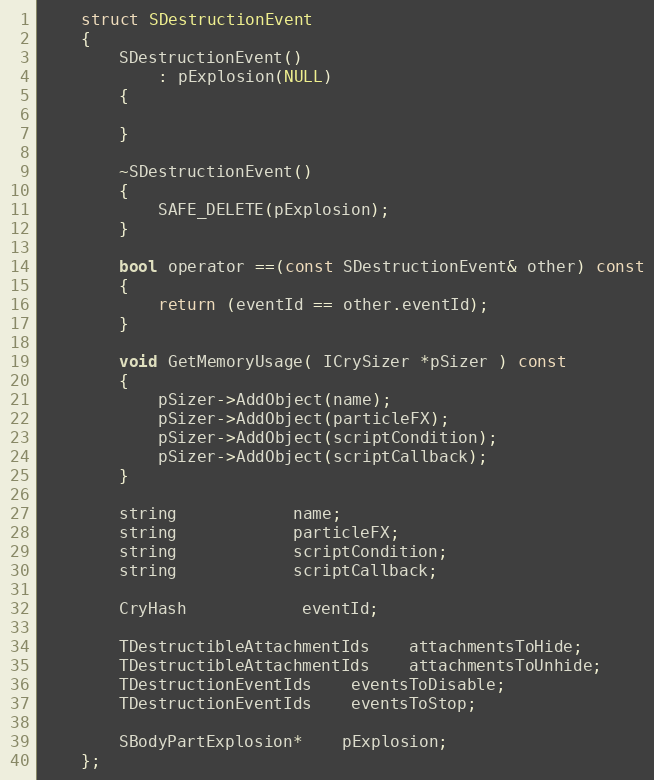
Language: C
	struct SDestructionEvent
	{
		SDestructionEvent()
			: pExplosion(NULL)
		{

		}

		~SDestructionEvent()
		{
			SAFE_DELETE(pExplosion);
		}

		bool operator ==(const SDestructionEvent& other) const
		{
			return (eventId == other.eventId);
		}

		void GetMemoryUsage( ICrySizer *pSizer ) const
		{
			pSizer->AddObject(name);
			pSizer->AddObject(particleFX);
			pSizer->AddObject(scriptCondition);
			pSizer->AddObject(scriptCallback);
		}

		string			name;
		string			particleFX;
		string			scriptCondition;
		string			scriptCallback;

		CryHash			eventId;

		TDestructibleAttachmentIds	attachmentsToHide;
		TDestructibleAttachmentIds	attachmentsToUnhide;
		TDestructionEventIds	eventsToDisable;
		TDestructionEventIds	eventsToStop;

		SBodyPartExplosion*	pExplosion;
	};